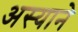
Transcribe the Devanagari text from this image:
अस्याने